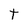
Character: t